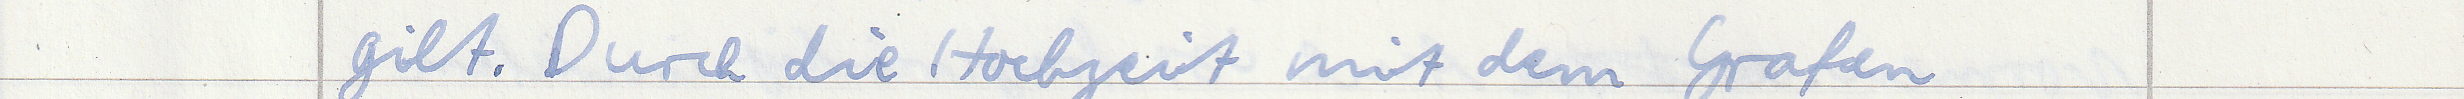
gilt. Durch die Hochzeit mit dem Grafen